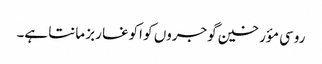
روسی مؤرخین گوجروں کو اکوغا ربز مانتا ہے۔